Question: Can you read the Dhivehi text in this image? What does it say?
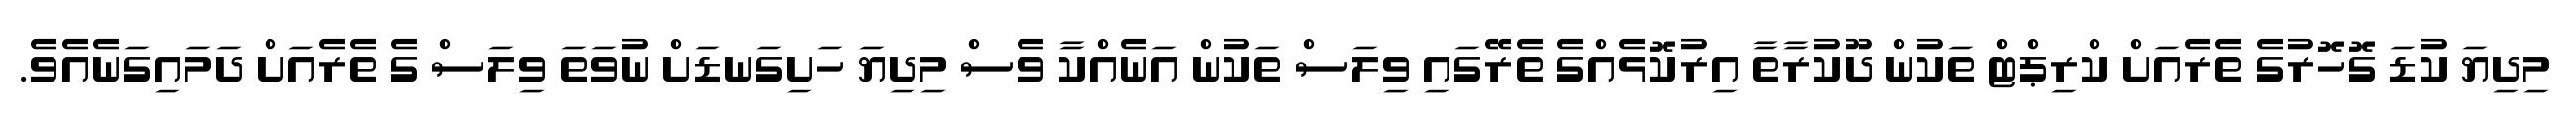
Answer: މިދިޔަ ކުޑަ ގޮހޮރުގެ ތެރެއަށް ކްރިޕްޓް ތަކުން ދޫކުރާތާ އިރުކޮޅެއްގެ ތެރޭގައި ވިލަސް ތަކުން އަނެއްކާ ވެސް މިދިޔަ ހަށިގަނޑަށް ނުވަތަ ވިލަސް ގެ ތެރެއަށް ދަމައިގަނެއެވެ.